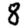
Digit: 8